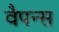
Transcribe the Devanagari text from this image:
वैपन्स